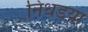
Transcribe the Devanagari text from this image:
निधडय़ा